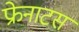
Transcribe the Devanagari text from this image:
फ्रेनाटस